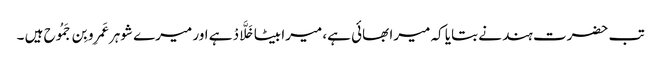
تب حضرت ہند نے بتایا کہ میرا بھائی ہے، میرا بیٹا خَلَّادْ ہے اور میرے شوہر عَمرِو بِن جَمُوح ہیں ۔